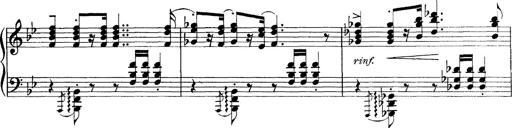
Title: Scherzo und Marsch
Composer: Franz Liszt